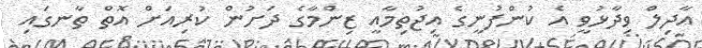
އާދިލް ވިދާޅުވީ އެ ކުންފުނީގެ އިޖުތިމާއީ ޒިންމާގެ ދަށުން ކުރިއަށް އޮތް ތާނގައި